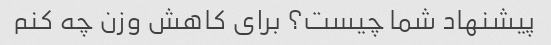
پیشنهاد شما چیست؟ برای کاهش وزن چه کنم